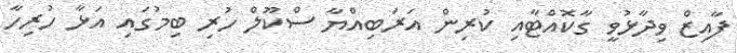
ފާއިޒް ވިދާޅުވީ ގާކޮއްޓާއި ކުރިން އަރަބިއްޔާ ސްކޫލް ހުރި ބިމުގައި އަޅާ ހުރިހާ